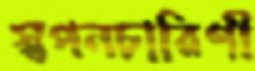
স্বপনচারিণী